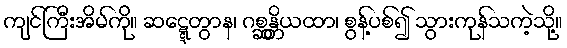
ကျင်ကြီးအိမ်ကို။ ဆဋ္ဋေတွာန၊ ဂစ္ဆန္တိယထာ၊ စွန့်ပစ်၍ သွားကုန်သကဲ့သို့။